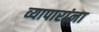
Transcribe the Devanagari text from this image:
व्यापारांना